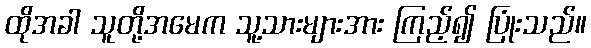
ထိုအခါ သူတို့အမေက သူ့သားများအား ကြည့်၍ ပြုံးသည်။